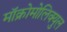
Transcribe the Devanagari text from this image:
मॉक्रोमोलिक्युल